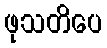
ဖုသတိပေ